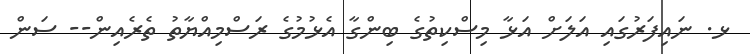
ޅ. ނައިފަރުގައި އަލަށް އަޅާ މިސްކިތުގެ ބިންގާ އެޅުމުގެ ރަސްމިއްޔާތު ތެރެއިން-- ސަން